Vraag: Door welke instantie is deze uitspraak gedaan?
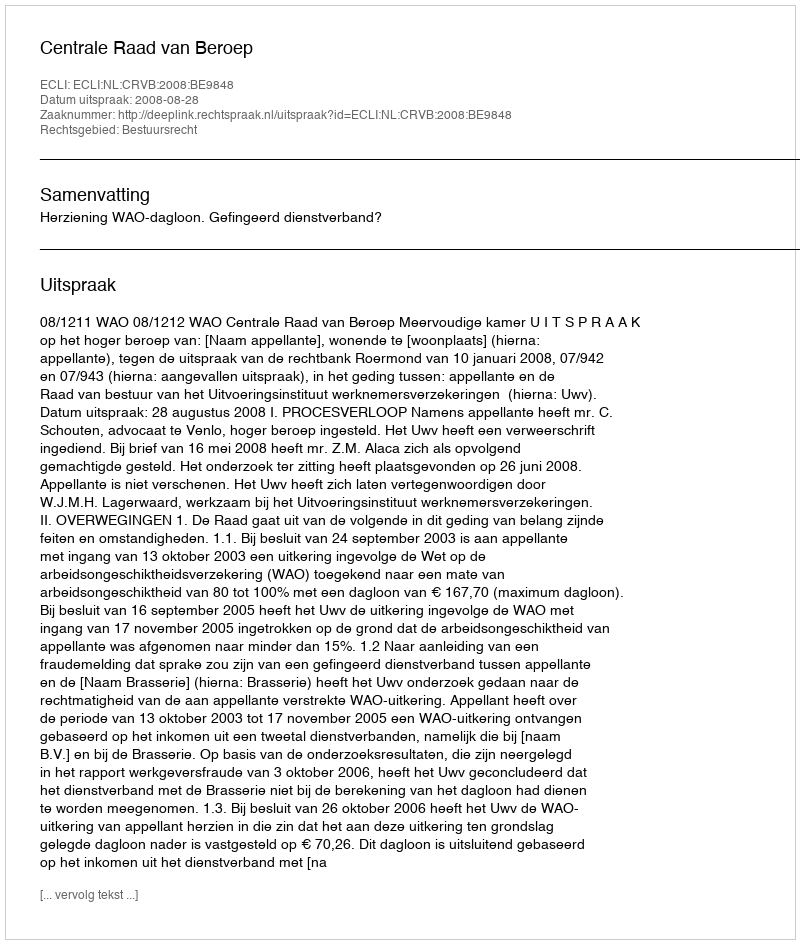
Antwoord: Centrale Raad van Beroep